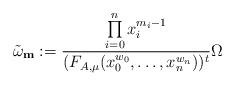
LaTeX: \begin{gather*} \tilde{\omega}_{\mathbf{m}}:= \frac{\prod\limits_{i=0}^n x_i^{m_i-1}}{(F_{A,\mu}(x_0^{w_0},\dots,x_n^{w_n}))^t} \Omega\end{gather*}